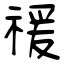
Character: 禐